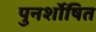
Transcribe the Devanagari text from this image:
पुनर्शोषित